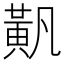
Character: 𬹐